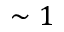
\sim 1